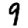
Digit: 9